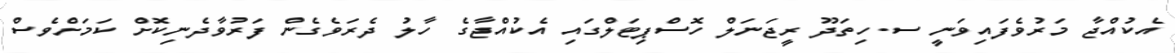
އެކުއްޖާ މަރުވެފައިވަނީ ސ.ހިތަދޫ ރީޖަނަލް ހޮސްޕިޓަލްގައި އެކުއްޖާގެ ހާލު ދެރަވެގެން ފަރުވާދެނިކޮށް ކަމަށްވެސް